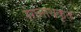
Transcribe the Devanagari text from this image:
रंगनाथकृत